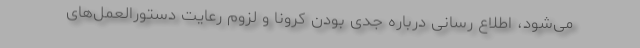
می‌شود، اطلاع رسانی درباره جدی بودن کرونا و لزوم رعایت دستورالعمل‌های